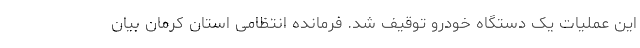
این عملیات یک دستگاه خودرو توقیف شد. فرمانده انتظامی استان کرمان بیان